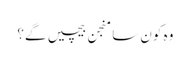
وہ کون سا منجن بیچیں گے؟